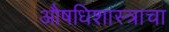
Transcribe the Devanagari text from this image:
औषधिशास्त्राचा